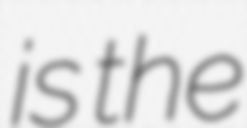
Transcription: is the